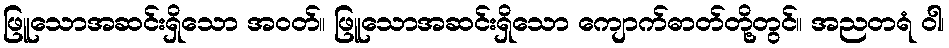
ဖြူသောအဆင်းရှိသော အဝတ်။ ဖြူသောအဆင်းရှိသော ကျောက်ဓာတ်တို့တွင်။ အညတရံ ဝါ၊